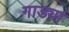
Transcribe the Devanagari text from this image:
गाड्यां